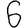
Digit: 6